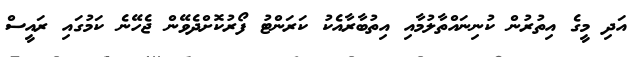
އަދި މީގެ އިތުރުން ކުނިނައްތާލުމާއި އިތުބާރާއެކު ކަރަންޓު ފޯރުކޮށްދެވޭން ޖެހޭނެ ކަމުގައި ރައީސް